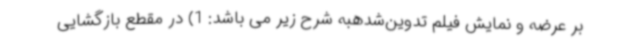
بر عرضه و نمایش فیلم تدوین‌شدهبه شرح زیر می باشد: 1) در مقطع بازگشایی